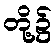
တို့၌